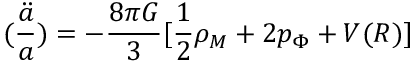
( \frac { \ddot { a } } { a } ) = - \frac { 8 \pi G } { 3 } [ \frac { 1 } { 2 } \rho _ { M } + 2 p _ { \Phi } + V ( R ) ]